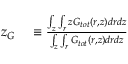
\begin{array} { r l } { z _ { G } } & { { } \equiv \frac { \int _ { z } \int _ { r } z G _ { t o t } ( r , z ) d r d z } { \int _ { z } \int _ { r } G _ { t o t } ( r , z ) d r d z } } \end{array}